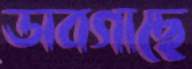
ডাবগাছে